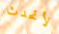
لأتحدث